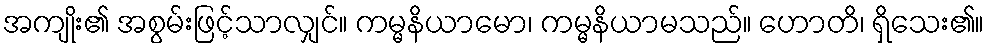
အကျိုး၏ အစွမ်းဖြင့်သာလျှင်။ ကမ္မနိယာမော၊ ကမ္မနိယာမသည်။ ဟောတိ၊ ရှိသေး၏။